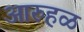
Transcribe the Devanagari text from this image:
आरुहळ